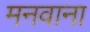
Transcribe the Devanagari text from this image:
मनवाना